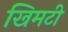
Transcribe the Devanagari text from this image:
खिमटी